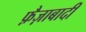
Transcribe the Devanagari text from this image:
फ़ैज़ाबादी